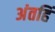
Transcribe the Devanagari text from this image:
अंतहिं